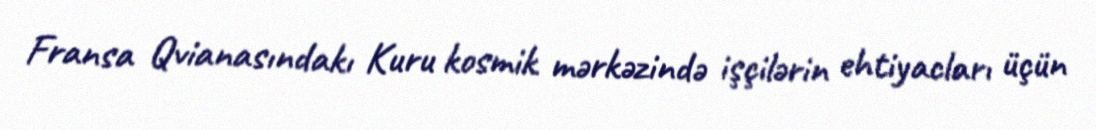
Fransa Qvianasındakı Kuru kosmik mərkəzində işçilərin ehtiyacları üçün